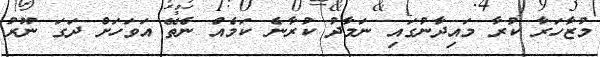
މުޒާހަރާ ކުރާ މައިދާނުގައި ނަމާދު ކުރާނެެ ކަމެއް ނެތޭ އަވަހަށް ދަގަ ނޫރު